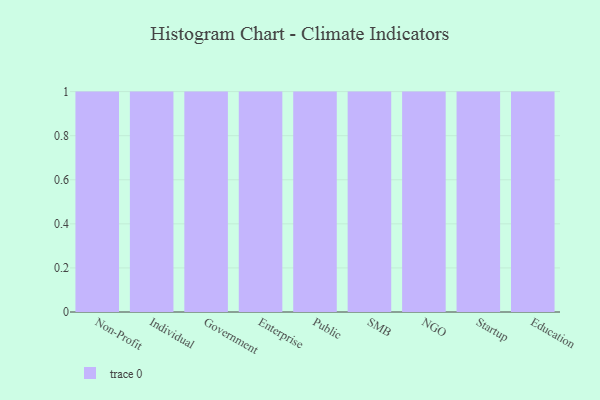
{"axis": {"x": "Segment", "y": "Latency (ms)"}, "legend": [""], "data": [{"x": "Non-Profit", "y": 30, "type": ""}, {"x": "Individual", "y": 66, "type": ""}, {"x": "Government", "y": 85, "type": ""}, {"x": "Enterprise", "y": 89, "type": ""}, {"x": "Public", "y": 92, "type": ""}, {"x": "SMB", "y": 94, "type": ""}, {"x": "NGO", "y": 99, "type": ""}, {"x": "Startup", "y": 28, "type": ""}, {"x": "Education", "y": 60, "type": ""}]}